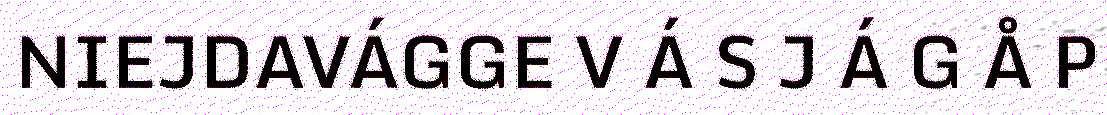
NIEJDAVÁGGE V Á S J Á G Å P